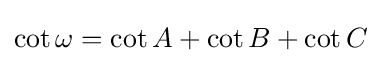
\cot \omega =\cot A+\cot B+\cot C